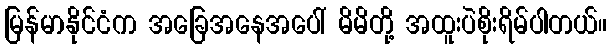
မြန်မာနိုင်ငံက အခြေအနေအပေါ် မိမိတို့ အထူးပဲစိုးရိမ်ပါတယ်။